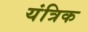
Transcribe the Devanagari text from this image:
यंत्रिक